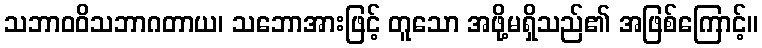
သဘာဝဝိသဘာဂတာယ၊ သဘောအားဖြင့် တူသော အဖို့မရှိသည်၏ အဖြစ်ကြောင့်။